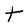
Character: t